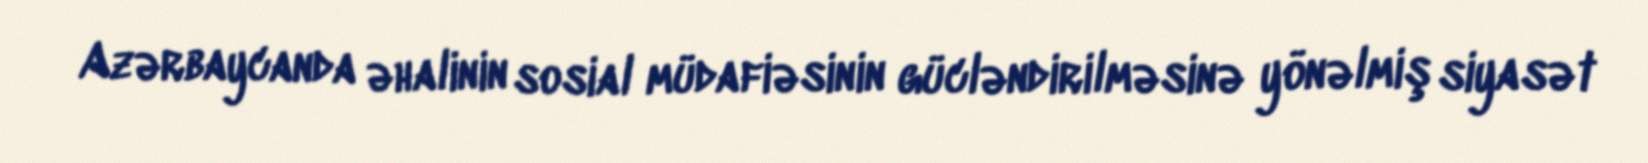
Azərbaycanda əhalinin sosial müdafiəsinin gücləndirilməsinə yönəlmiş siyasət